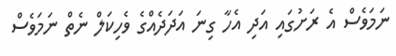
ނަމަވެސް އެ ރަށުގައި އަދި އެހާ ގިނަ އަދަދެއްގެ ވެހިކަލް ނެތް ނަމަވެސް